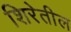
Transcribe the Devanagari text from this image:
शिरेतील